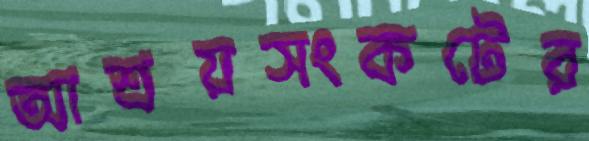
আশ্রয়সংকটের